Document type: Emphyteutic lease
Year: 1295
Scribe: Pere de Noguera, prevere
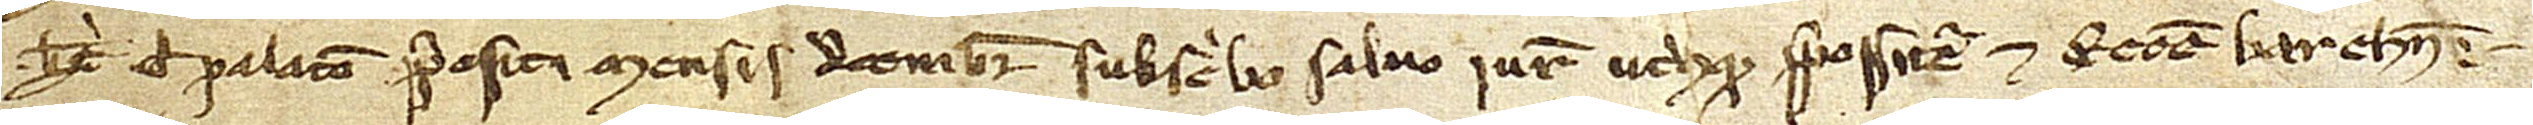
Berengarii de Palatio, prepositi mensis decembris, subscribo salvo iure utriusque prepositure et ecclesie Barchinone.